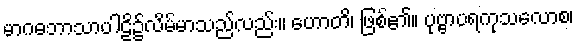
မာဂဓဘာသာပါဠိ၌လိမ်မာသည်လည်း။ ဟောတိ၊ ဖြစ်၏။ ပုဗ္ဗာပရကုသလောစ၊